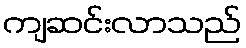
ကျဆင်းလာသည်